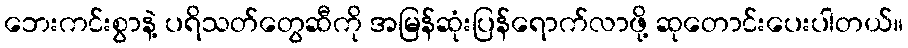
ဘေးကင်းစွာနဲ့ ပရိသတ်တွေဆီကို အမြန်ဆုံးပြန်ရောက်လာဖို့ ဆုတောင်းပေးပါတယ်။